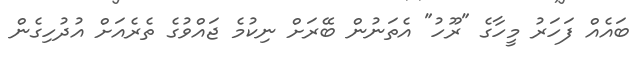
ބައެއް ފަހަރު މީހާގެ "ރޫހު" އެތަނުން ބޭރަށް ނިކުމެ ޖައްވުގެ ތެރެއަށް އުދުހިގެން